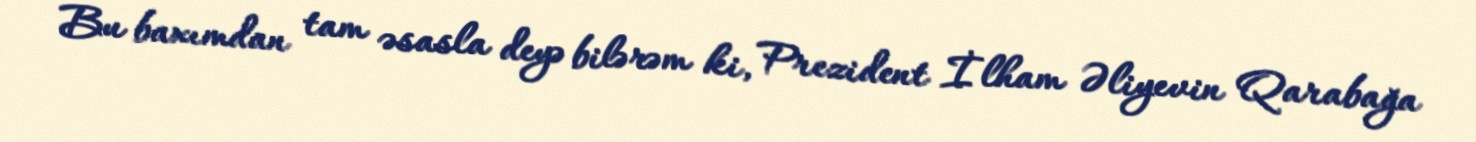
Bu baxımdan tam əsasla deyə bilərəm ki, Prezident İlham Əliyevin Qarabağa